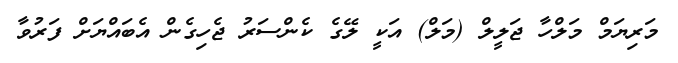
މަރިޔަމް މަލްހާ ޖަލީލް (މަލް) އަކީ ލޭގެ ކެންސަރު ޖެހިގެން އެބައްޔަށް ފަރުވާ